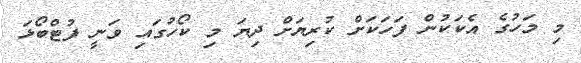
މި މަހުގެ އެކަކުން ފަހަކަށް ކުރިޔަށް ދިޔަ މި ކޯހުގައި ވަނީ ފުޓްބޯޅަ